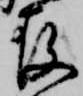
存